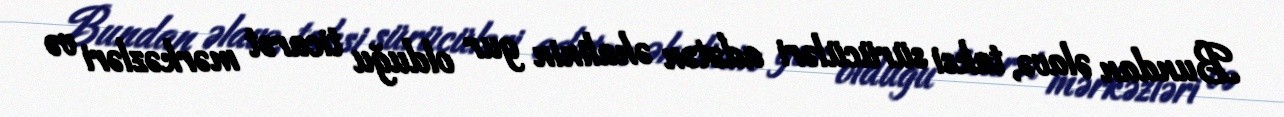
Bundan əlavə, taksi sürücüləri adətən əhalinin gur olduğu ticarət mərkəzləri və